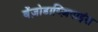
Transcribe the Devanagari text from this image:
बेंज़ोडाय्ज़िपाइंस